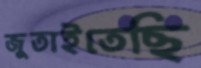
জুতাইতেছি